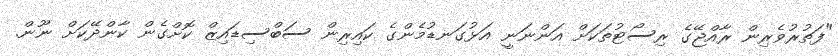
"ފަތުރުވެރިން ރާއްޖޭގެ ރިސޯޓުތަކަށް އަންނަނީ އަޅުގަނޑުމެންގެ ކައިރިން ސަބްސިޑައިޒް ކޮށްގެން ކާންދޭކަށް ނޫން.